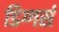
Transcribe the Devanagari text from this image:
डिग्गर्स